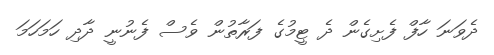
ދެވަނަ ހާފް ފެށިގެން ދެ ޓީމުގެ ފަރާތުން ވެސް ފެނުނީ ދާދި ހަމަހަމަ